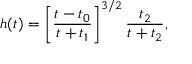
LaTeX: h ( t ) = \left[ \frac { t - t _ { 0 } } { t + t _ { 1 } } \right] ^ { 3 / 2 } \frac { t _ { 2 } } { t + t _ { 2 } } ,